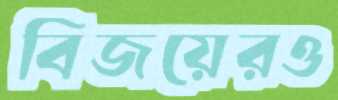
বিজয়েরও